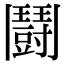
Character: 鬪